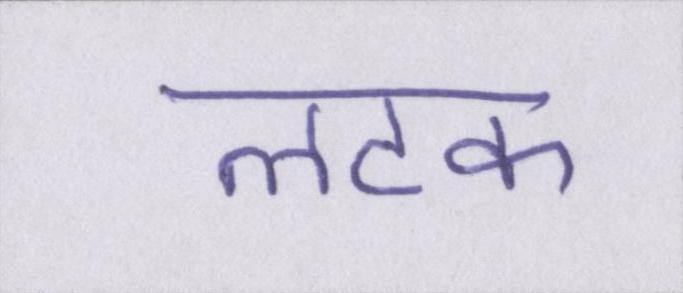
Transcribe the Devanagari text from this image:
लटक